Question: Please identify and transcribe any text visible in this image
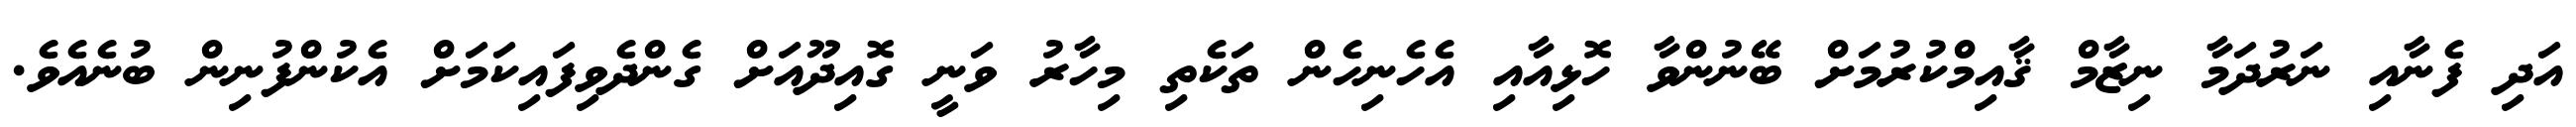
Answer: އަދި ފެނާއި ނަރުދަމާ ނިޒާމް ޤާއިމްކުރުމަށް ބޭނުންވާ ހޮޅިއާއި އެހެނިހެން ތަކެތި މިހާރު ވަނީ ގޮއިދޫއަށް ގެންދެވިފައިކަމަށް އެކުންފުނިން ބުނެއެވެ.